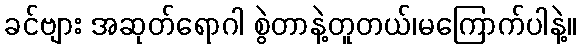
ခင်ဗျား အဆုတ်ရောဂါ စွဲတာနဲ့တူတယ်၊မကြောက်ပါနဲ့။